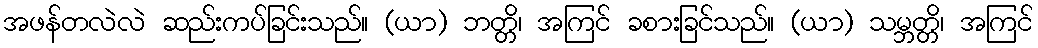
အဖန်တလဲလဲ ဆည်းကပ်ခြင်းသည်။ (ယာ) ဘတ္တိ၊ အကြင် ခစားခြင်သည်။ (ယာ) သမ္ဘတ္တိ၊ အကြင်